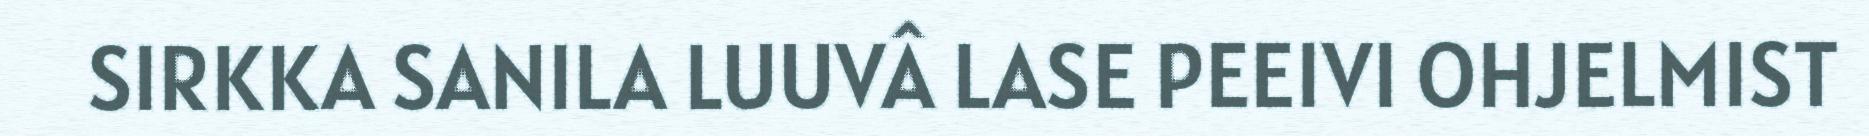
SIRKKA SANILA LUUVÂ LASE PEEIVI OHJELMIST